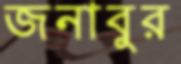
জনাবুর